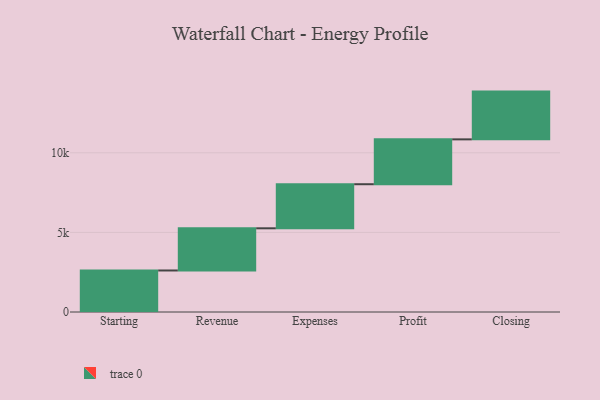
{"axis": {"x": "Step", "y": "Value"}, "legend": [""], "data": [{"x": "Starting", "y": 2608.0, "type": ""}, {"x": "Revenue", "y": 2650.0, "type": ""}, {"x": "Expenses", "y": 2769.0, "type": ""}, {"x": "Profit", "y": 2818.0, "type": ""}, {"x": "Closing", "y": 3000, "type": ""}]}